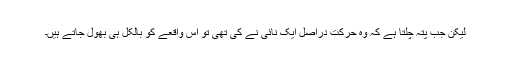
لیکن جب پتہ چلتا ہے کہ وہ حرکت دراصل ایک نائی نے کی تھی تو اس واقعے کو بالکل ہی بھول جاتے ہیں۔